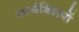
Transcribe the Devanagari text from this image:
आर्चबिशपों